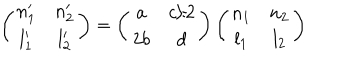
\left( \begin{array} { c c } { { n _ { 1 } ^ { \prime } } } & { { n _ { 2 } ^ { \prime } } } \\ { { l _ { 1 } ^ { \prime } } } & { { l _ { 2 } ^ { \prime } } } \\ \end{array} \right) = \left( \begin{array} { c c } { { a } } & { { c / 2 } } \\ { { 2 b } } & { { d } } \\ \end{array} \right) \left( \begin{array} { c c } { { n _ { 1 } } } & { { n _ { 2 } } } \\ { { l _ { 1 } } } & { { l _ { 2 } } } \\ \end{array} \right)